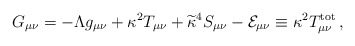
\begin{align*}G_{\mu\nu}=-\Lambda g_{\mu\nu}+\kappa^2T_{\mu\nu}+\widetilde{\kappa}^4S_{\mu\nu} - {\cal E}_{\mu\nu} \equiv \kappa^2 T^{\rm tot}_{\mu\nu}\,,\end{align*}